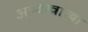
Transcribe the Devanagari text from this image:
अण्वस्त्रांच्या